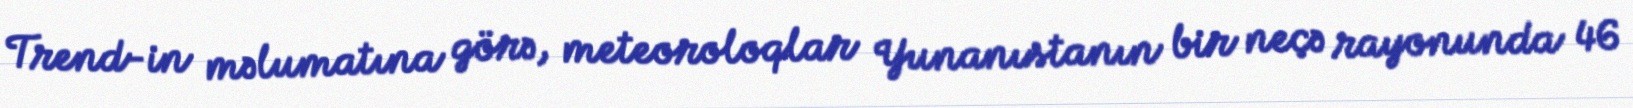
Trend-in məlumatına görə, meteoroloqlar Yunanıstanın bir neçə rayonunda 46